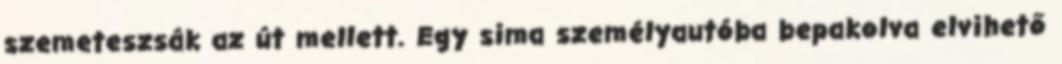
szemeteszsák az út mellett. Egy sima személyautóba bepakolva elvihető